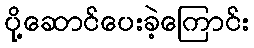
ပို့ဆောင်ပေးခဲ့ကြောင်း